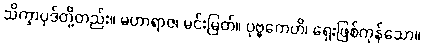
သိက္ခာပုဒ်တို့တည်း။ မဟာရာဇ၊ မင်းမြတ်။ ပုဗ္ဗကေဟိ၊ ရှေးဖြစ်ကုန်သော။